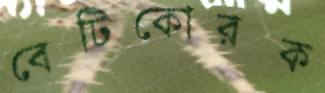
বেটিকোরক